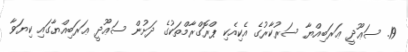
19. ސަޢޫދީ ޢަރަބިއްޔާ ސަރުކާރުގެ އެކިއެކި ޕްރޮގްރާމްތަކުގެ ދަށުން ސަޢޫދީ ޢަރަބިއްޔާގައި ކިޔަވާ